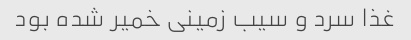
غذا سرد و سیب زمینی خمیر شده بود